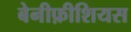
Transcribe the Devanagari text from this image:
बेनीफ़ीशियस